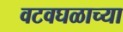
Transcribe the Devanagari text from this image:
वटवघळाच्या